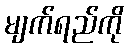
မျက်ရည်ကို